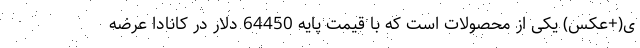
ی(+عکس) یکی از محصولات است که با قیمت پایه 64450 دلار در کانادا عرضه